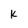
Character: K